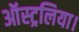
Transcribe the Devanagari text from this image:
ऑस्ट्रलिया।